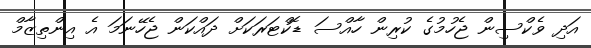
އަދި ވެކްސިން ޖެހުމުގެ ކުރިން ހާއްސަ ޑޮކްޓަރަކަށް ދައްކަން ޖެހޭނަމަ އެ އިންތިޒާމް